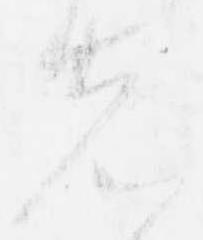
先